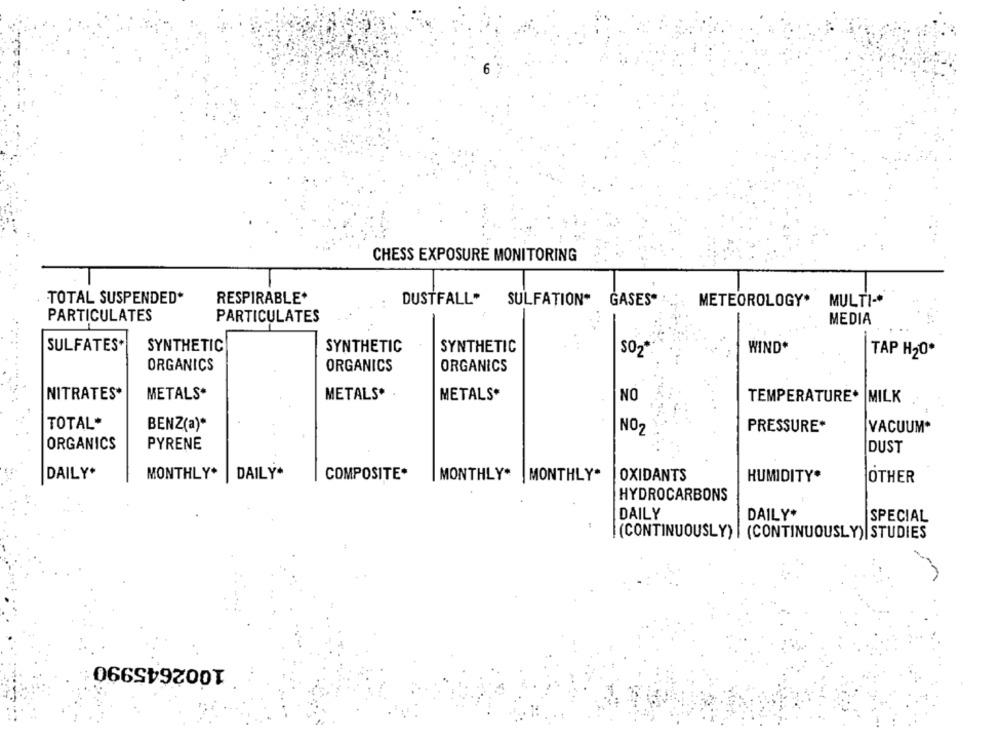
CHESS EXPOSURE MONITORING
TOTAL SUSPENDED*
RESPIRABLE*
DUSTFALL*
SULFATION" GASES" .
METEOROLOGY*
MULTI-
PARTICULATES
PARTICULATES
MEDIA
-
SULFATES*
SYNTHETIC
SYNTHETIC
SYNTHETIC
WIND*
SO2
TAP H20*
ORGANICS
ORGANICS
ORGANICS
NITRATES*
METALS*
METALS*
METALS*
NO
TEMPERATURE* MILK
TOTAL*
BENZ(a)*
NO2
PRESSURE*
VACUUM*
ORGANICS
PYRENE
DUST
DAILY.
DAILY*
MONTHLY*
COMPOSITE*
MONTHLY* | MONTHLY.
OXIDANTS
HUMIDITY.
OTHER
HYDROCARBONS
DAILY
DAILY*
SPECIAL
(CONTINUOUSLY) | (CONTINUOUSLY) | STUDIES
1002645990